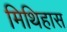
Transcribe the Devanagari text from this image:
मिथिहास